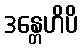
ဒန္တေဟိပိ